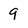
Character: 9